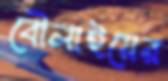
বৌলাইয়ের